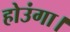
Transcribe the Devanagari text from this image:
होउंगा।